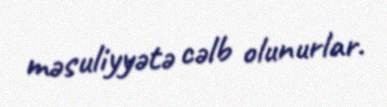
məsuliyyətə cəlb olunurlar.